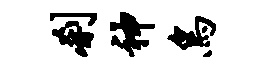
刹神鸟